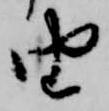
由